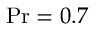
\mathrm { P r } = 0 . 7